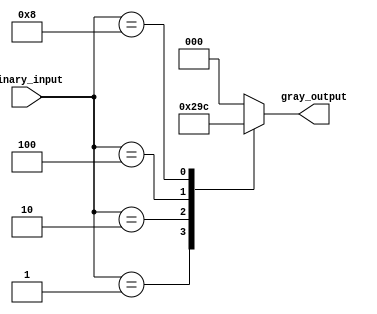
module gray_priority_encoder (
  input [3:0] binary_input,
  output reg [2:0] gray_output
);

always @(*) begin
  case(binary_input)
    4'b0001: gray_output = 3'b001;
    4'b0010: gray_output = 3'b010;
    4'b0100: gray_output = 3'b011;
    4'b1000: gray_output = 3'b100;
    default: gray_output = 3'b000;
  endcase
end

endmodule